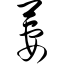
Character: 萋